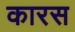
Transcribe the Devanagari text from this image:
कारस